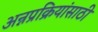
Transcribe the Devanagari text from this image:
अन्नप्रक्रियांसाठी